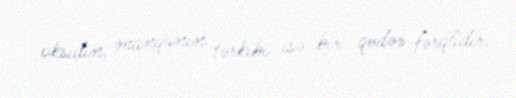
oksidin, manqanın tərkibi isə bir qədər fərqlidir.